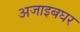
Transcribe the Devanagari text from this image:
अजाइबघर